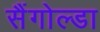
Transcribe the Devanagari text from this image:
सैंगोल्डा